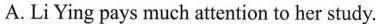
A.LiYing pays much attention to her study.